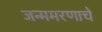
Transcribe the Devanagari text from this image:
जन्ममरणाचे